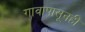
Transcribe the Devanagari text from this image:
गावापासूनही